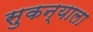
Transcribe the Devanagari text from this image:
सुकन्याला